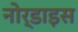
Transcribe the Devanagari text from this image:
नोर्डाइस